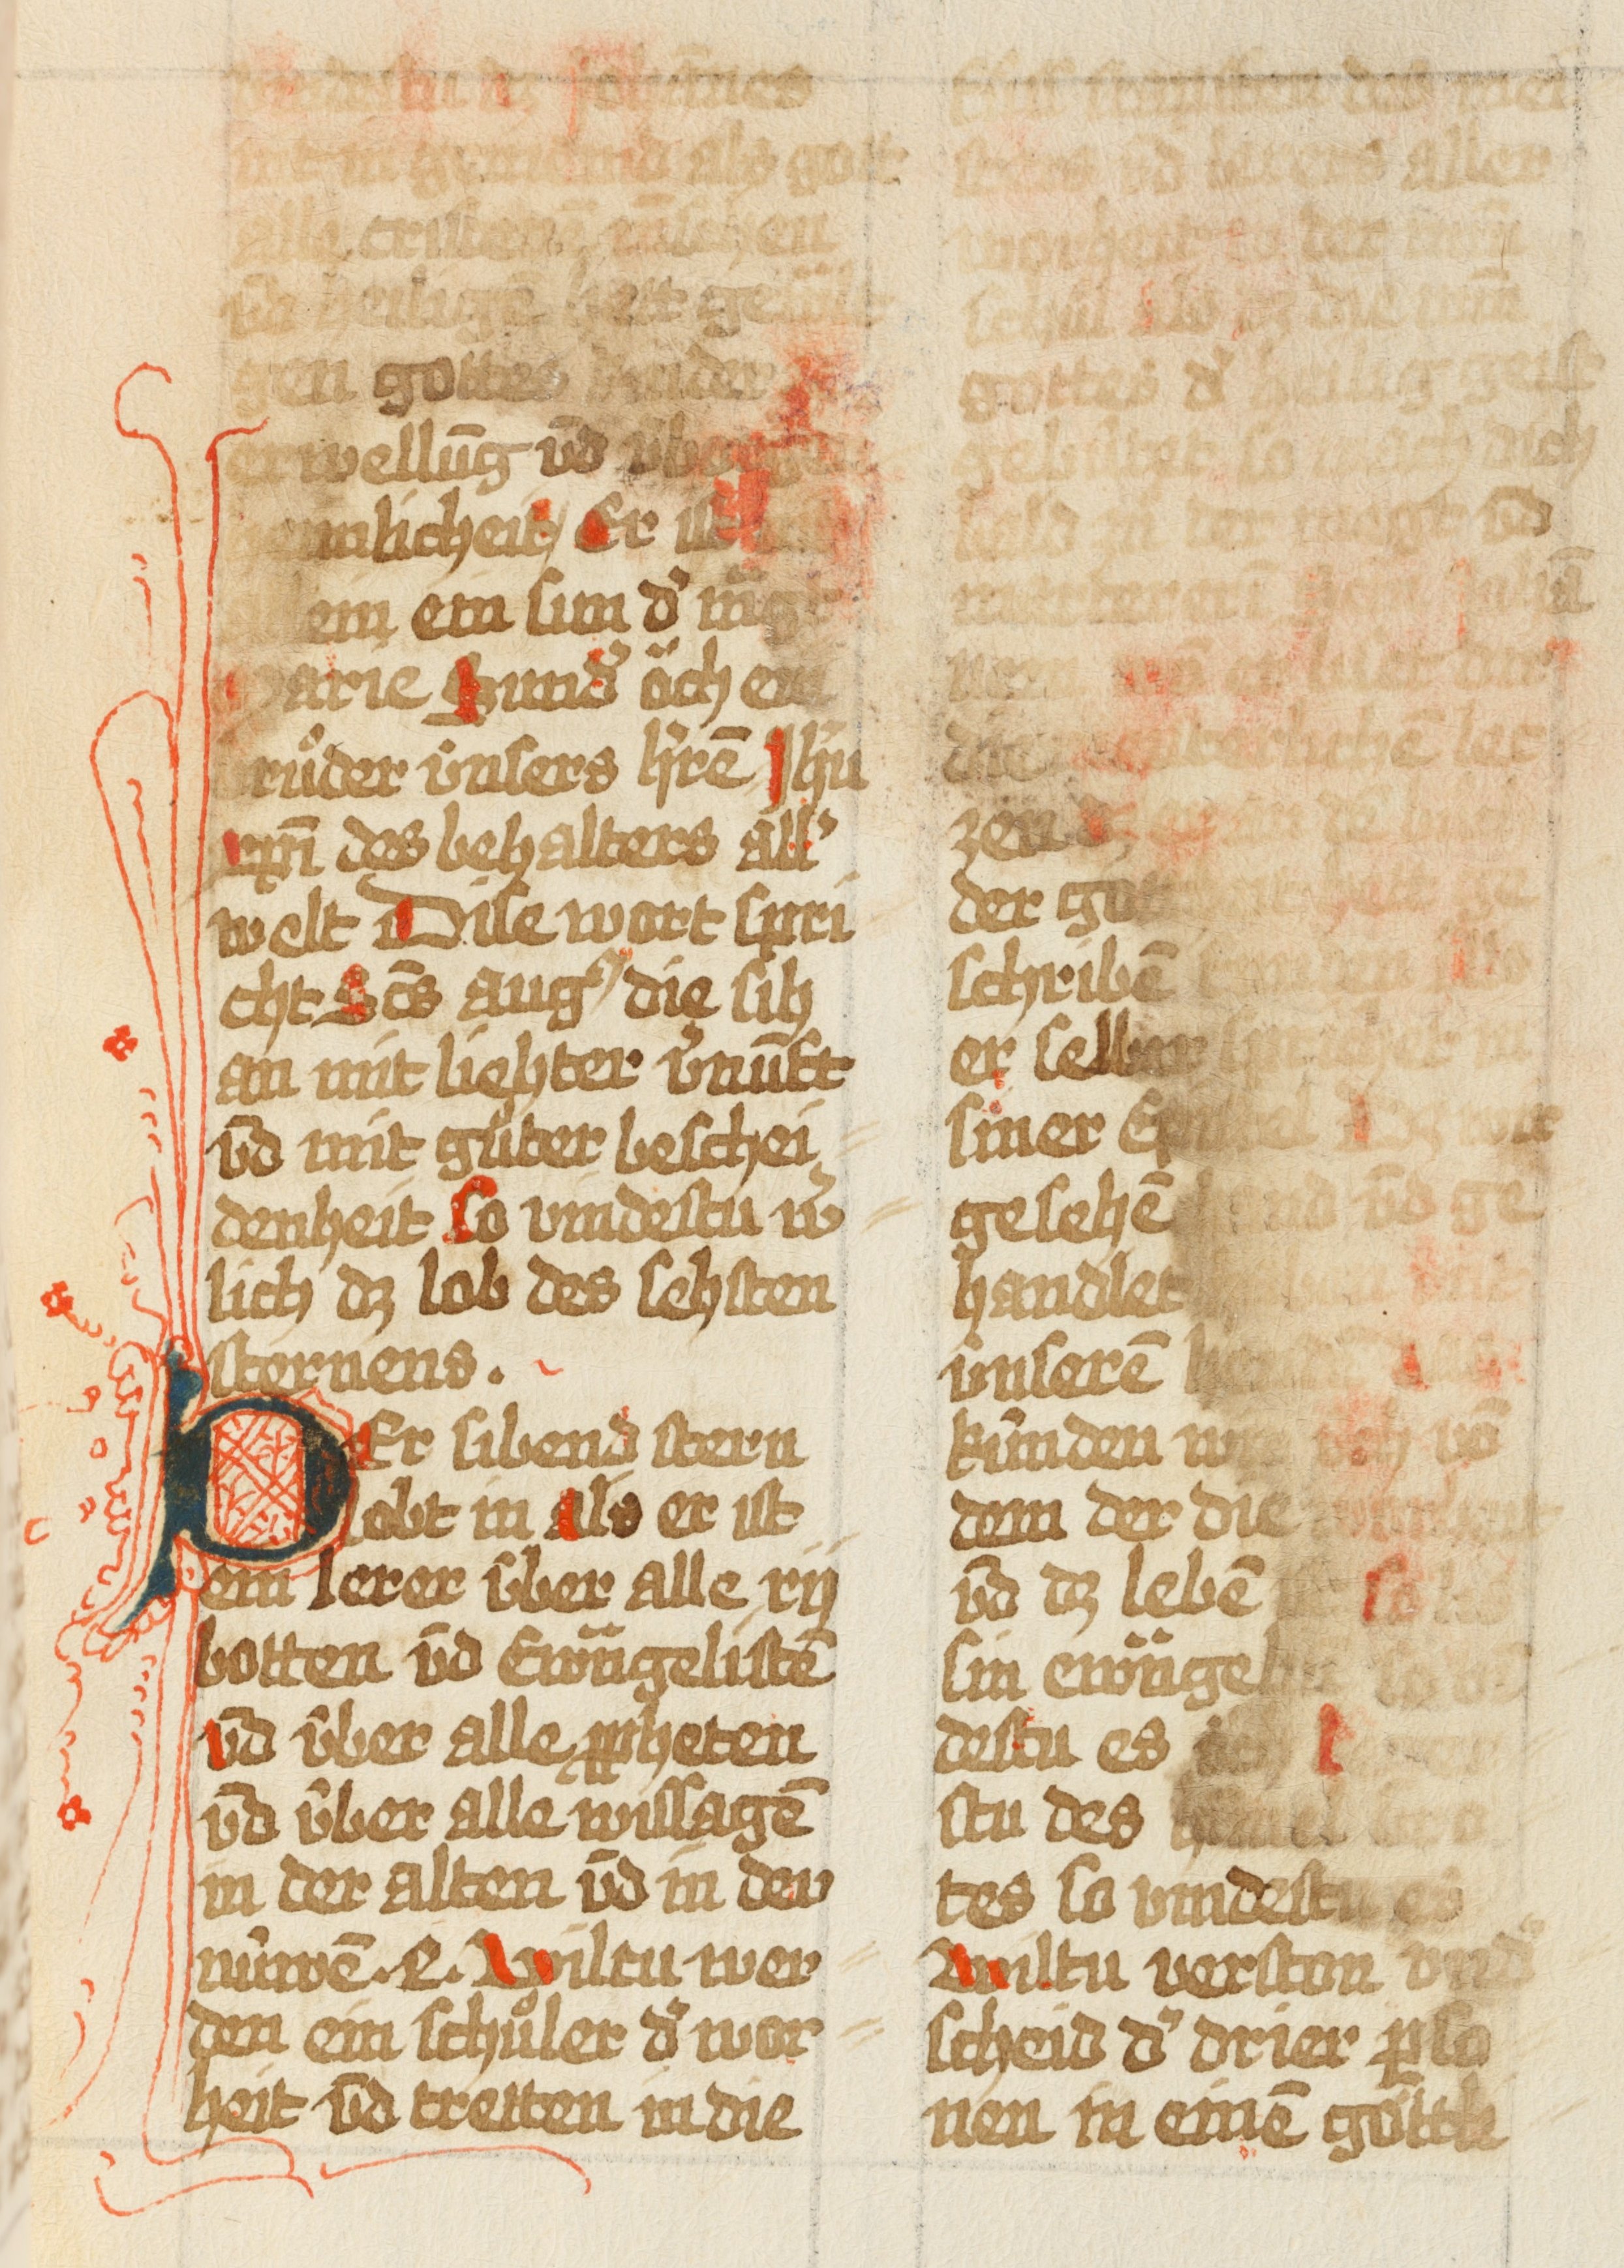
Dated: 1493–1493